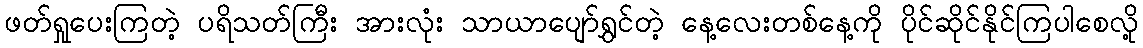
ဖတ်ရှုပေးကြတဲ့ ပရိသတ်ကြီး အားလုံး သာယာပျော်ရွှင်တဲ့ နေ့လေးတစ်နေ့ကို ပိုင်ဆိုင်နိုင်ကြပါစေလို့